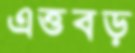
এত্তবড়